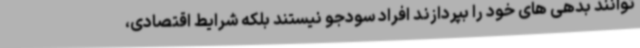
توانند بدهی های خود را بپردازند افراد سودجو نیستند بلکه شرایط اقتصادی،